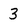
Character: 3